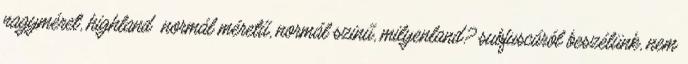
nagyméret, highland normál méretű, normál szinű, milyenland? subfuscáról beszélünk, nem